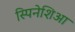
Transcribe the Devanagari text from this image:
स्पिनेशिआ